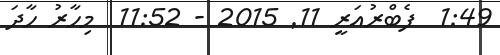
1:49  ފެބްރުއަރީ 11